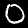
Label: 0